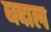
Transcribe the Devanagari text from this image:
बदाल